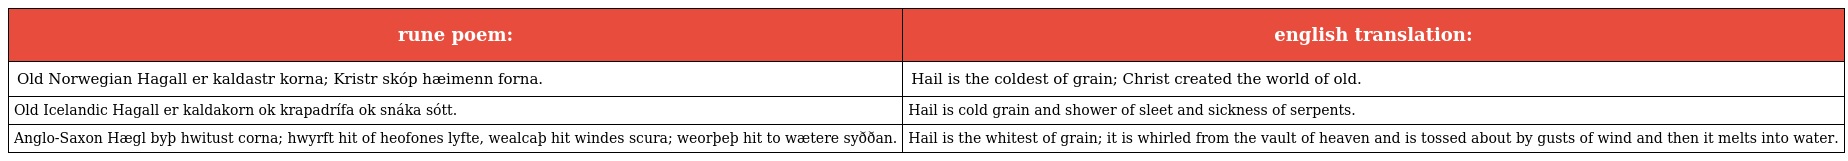
| rune poem: | english translation: |
 | --- | --- |
 | Old Norwegian Hagall er kaldastr korna; Kristr skóp hæimenn forna. | Hail is the coldest of grain; Christ created the world of old. |
 | Old Icelandic Hagall er kaldakorn ok krapadrífa ok snáka sótt. | Hail is cold grain and shower of sleet and sickness of serpents. |
 | Anglo-Saxon Hægl byþ hwitust corna; hwyrft hit of heofones lyfte, wealcaþ hit windes scura; weorþeþ hit to wætere syððan. | Hail is the whitest of grain; it is whirled from the vault of heaven and is tossed about by gusts of wind and then it melts into water. |